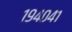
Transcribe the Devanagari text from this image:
१९४०४१